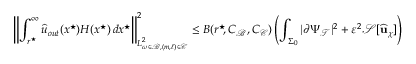
\left\lVert \int _ { r ^ { \star } \! } ^ { \infty } { \widehat { u } } _ { o u t } ( x ^ { \star } ) H ( x ^ { \star } ) \, d x ^ { \star } \right\rVert _ { L _ { \omega \in \mathcal { B } , ( m , \ell ) \in \mathcal { C } } ^ { 2 } } ^ { 2 } \leq B ( r ^ { \star } \! , C _ { \mathcal { B } } , C _ { \mathcal { C } } ) \left( \int _ { \Sigma _ { 0 } } | \partial \Psi _ { \mathcal { T } } | ^ { 2 } + \varepsilon ^ { 2 } \mathcal { S } [ \widehat { \mathbf { u } } _ { \chi } ] \right)